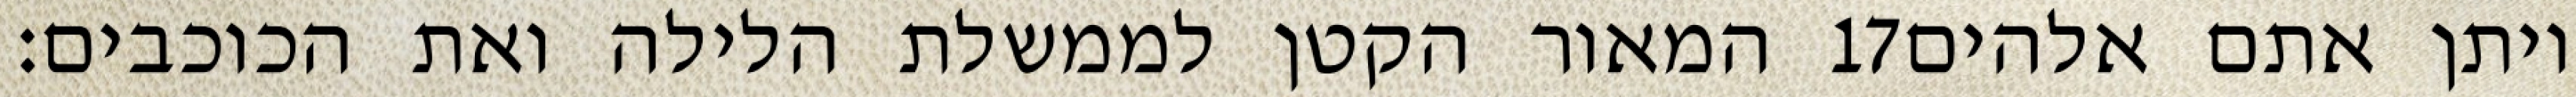
המאור הקטן לממשלת הלילה ואת הכוכבים׃ ‎17‏ ויתן אתם אלהים